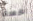
حسنا